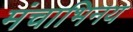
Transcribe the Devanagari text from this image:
मंचाभिनय